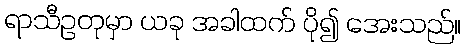
ရာသီဥတုမှာ ယခု အခါထက် ပို၍ အေးသည်။